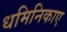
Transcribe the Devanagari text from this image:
धमिनिकाए